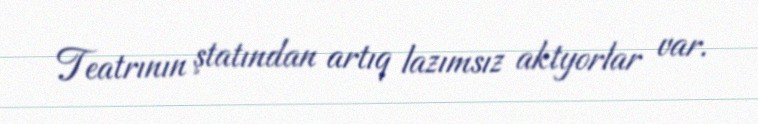
Teatrının ştatından artıq lazımsız aktyorlar var.